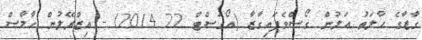
ގާޒާގެ ހާލަތު އަލުން ގޯސްވެފައިގާޒާ (އޯގަސްޓް 22 2014) - އިޒްރޭލުން ހާމާސް